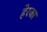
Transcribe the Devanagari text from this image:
हेरका